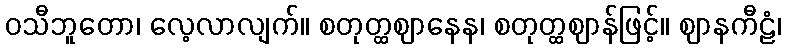
ဝသီဘူတော၊ လေ့လာလျက်။ စတုတ္ထဈာနေန၊ စတုတ္ထဈာန်ဖြင့်။ ဈာနကီဠံ၊